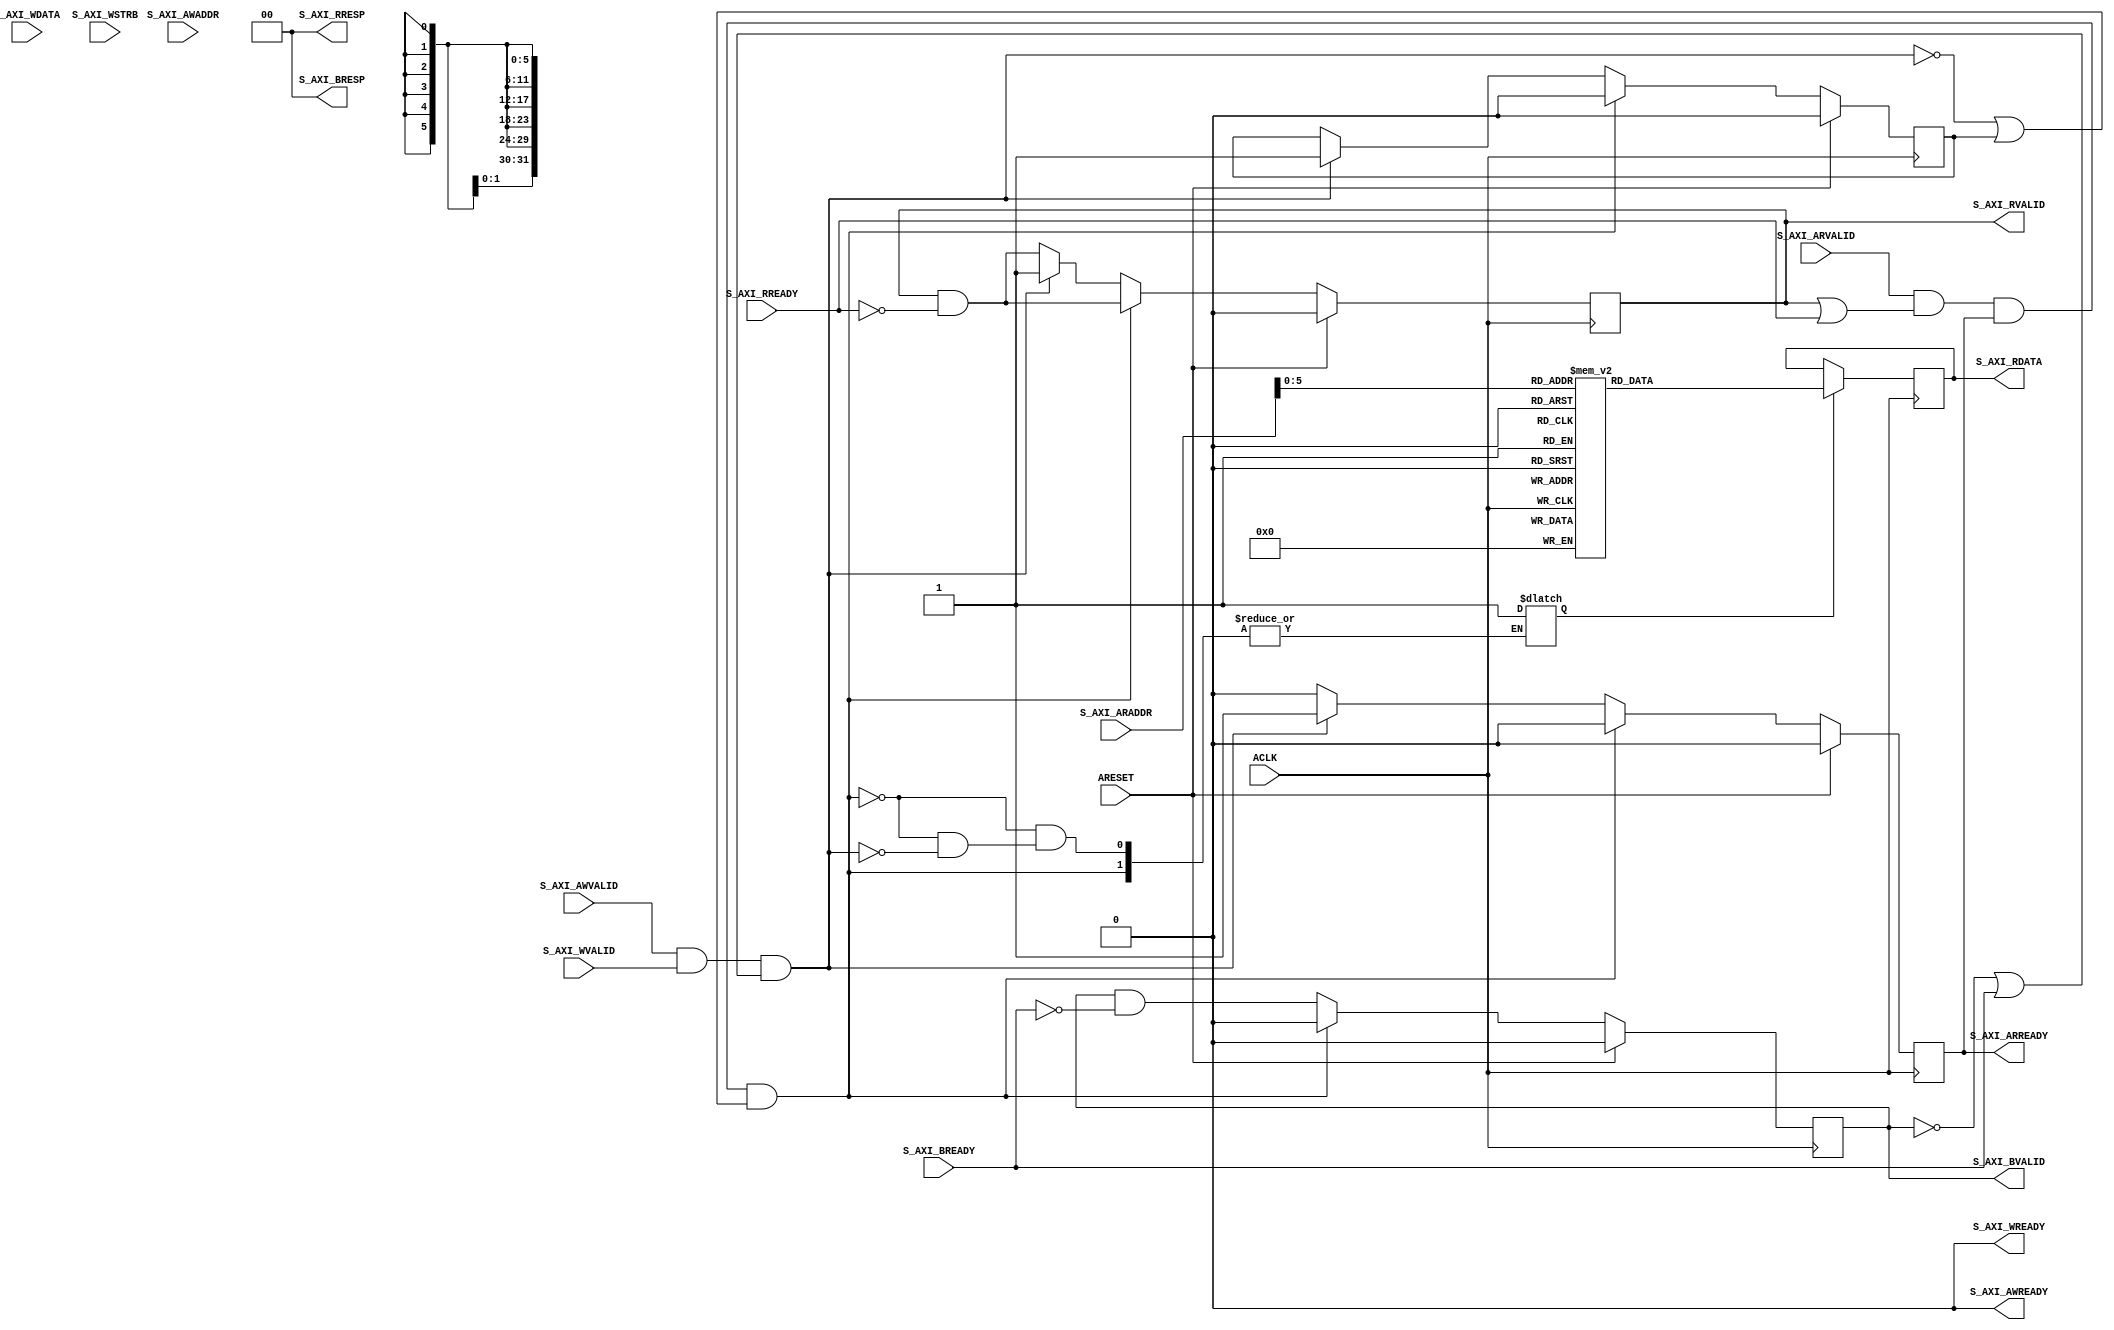
`timescale 1ns / 1ps
//////////////////////////////////////////////////////////////////////////////////
// Company: 
// 
// Design Name: 
// Module Name: axi_lite_slave
//
//////////////////////////////////////////////////////////////////////////////////


module axi4_lite_slave #
(
    parameter DATA_WIDTH = 32,
    parameter ADDR_WIDTH = 32,
    parameter STRB_WIDTH = (DATA_WIDTH/8)
)(
    input  wire        ACLK,
    input  wire        ARESET,

    // WRITE Address Channel
    output wire        			 S_AXI_AWREADY,
    input  wire        			 S_AXI_AWVALID,
    input  wire [ADDR_WIDTH-1:0] S_AXI_AWADDR,
    
    // WRITE Data Channel
    output wire        			 S_AXI_WREADY,
    input  wire                  S_AXI_WVALID,
    input  wire [DATA_WIDTH-1:0] S_AXI_WDATA,  
    input  wire [STRB_WIDTH-1:0] S_AXI_WSTRB, 
                                                
    //WRITE Response Channel
    input  wire        S_AXI_BREADY, 
    output wire        S_AXI_BVALID, 
    output wire [1:0]  S_AXI_BRESP,

    // READ Address Channel
    // S_AXI_ARPROT 
    // S_AXI_ARCACHE
    output wire        			 S_AXI_ARREADY, 
    input  wire        			 S_AXI_ARVALID, 
    input  wire [ADDR_WIDTH-1:0] S_AXI_ARADDR,

    // READ Data Channel	
    input  wire        			 S_AXI_RREADY, 
    output wire        			 S_AXI_RVALID, 
    output wire [1:0]  			 S_AXI_RRESP,  
    output wire [DATA_WIDTH-1:0] S_AXI_RDATA
);

    localparam SET_OK   = 2'b00;
    localparam SET_HIGH = 1'b1;
    localparam SET_LOW  = 1'b0;

     // (* RAM_STYLE="BLOCK" *)
    reg [DATA_WIDTH-1:0] BRAM[(2**6)-1:0];

    reg WRITE_EN;
    reg READ_EN;

    // reg for output signals 
    reg S_AXI_AWREADY_REG = SET_LOW, AWREADY_NEXT;  // WRITE flag - output ADDRESS
    reg S_AXI_WREADY_REG  = SET_LOW, WREADY_NEXT;   // WRITE flag - output DATA 
    reg S_AXI_BVALID_REG  = SET_LOW, BVALID_NEXT;   // WRITE output RESPONSE
    reg S_AXI_ARREADY_REG = SET_LOW, ARREADY_NEXT;  // READ  output ADDRESS 
    reg S_AXI_RVALID_REG  = SET_LOW, RVALID_NEXT;   // READ  output DATA

    reg [DATA_WIDTH-1:0] S_AXI_RDATA_REG = {DATA_WIDTH{SET_LOW}};
    reg [DATA_WIDTH-1:0] RDATA_NEXT;

    // wire for INPUTs : addr 
    wire [ADDR_WIDTH-1:0] S_AXI_AWADDR_WIRE = S_AXI_AWADDR;  // WRITE input ADDRESS
    wire [ADDR_WIDTH-1:0] S_AXI_ARADDR_WIRE = S_AXI_ARADDR;  // READ  input ADDRESS

    // assign signals to AXI interface
    assign S_AXI_AWREADY = S_AXI_AWREADY_REG;  // WRITE output ADDRESS
    assign S_AXI_WREADY  = S_AXI_WREADY_REG;   // WRITE output DATA
    assign S_AXI_BVALID  = S_AXI_BVALID_REG;   // WRITE output RESPONSE
    assign S_AXI_ARREADY = S_AXI_ARREADY_REG;  // READ output ADDRESS
    assign S_AXI_RDATA   = S_AXI_RDATA_REG;    // READ output DATA
    assign S_AXI_RVALID  = S_AXI_RVALID_REG;   // READ output DATA 

    // WRITE response
    assign S_AXI_BRESP = SET_OK;   // WRITE
    assign S_AXI_RRESP = SET_OK;   // READ

    reg READ_STATUS;
    reg WRITE_STATUS;

    reg LAST_READ_REG = SET_LOW, LAST_READ_NEXT;

 
always @* begin
    WRITE_EN     = SET_LOW;
    AWREADY_NEXT = SET_LOW;
    WREADY_NEXT  = SET_LOW;
    ARREADY_NEXT = SET_LOW;

    // READ output DATA && !READ input DATA
    RVALID_NEXT = S_AXI_RVALID_REG && !S_AXI_RREADY;

    LAST_READ_NEXT = LAST_READ_REG;

    // WRITE output RESPONSE && !WRITE input RESPONSE
    BVALID_NEXT  = S_AXI_BVALID_REG && !S_AXI_BREADY;

    // WRITE input ADDRESS && WRITE input DATA
    // && (!WRITE output RESPONSE || WRITE input RESPONSE)
    // && (!WRITE output ADDRESS && WRITE output DATA)
    READ_STATUS  = S_AXI_AWVALID && S_AXI_WVALID && ( !S_AXI_BVALID || S_AXI_BREADY ) && ( !S_AXI_AWREADY && !S_AXI_WREADY );
    // READ input ADDRESS 
    // && (READ output DATA || READ input DATA )
    // && READ ouput ADDRESS
    WRITE_STATUS = S_AXI_ARVALID && ( S_AXI_RVALID || S_AXI_RREADY) && S_AXI_ARREADY; 


    if ( WRITE_STATUS && (!READ_STATUS || LAST_READ_REG) ) begin
        WRITE_EN       = SET_LOW;
        AWREADY_NEXT   = SET_LOW;
        WREADY_NEXT    = SET_LOW;
        BVALID_NEXT    = SET_LOW;
        LAST_READ_NEXT = SET_LOW;
    end else if ( READ_STATUS ) begin
        READ_EN        = SET_HIGH;
        LAST_READ_NEXT = SET_HIGH;
        ARREADY_NEXT   = SET_HIGH;
        RVALID_NEXT    = SET_HIGH;
    end
end

always @(posedge ACLK) begin
    LAST_READ_REG <= LAST_READ_NEXT;

    S_AXI_AWREADY_REG <= AWREADY_NEXT;  
    S_AXI_WREADY_REG  <= WREADY_NEXT;  
    S_AXI_BVALID_REG  <= BVALID_NEXT;

    S_AXI_ARREADY_REG <= ARREADY_NEXT; 
    S_AXI_RVALID_REG  <= RVALID_NEXT;  

    if( READ_EN ) begin
                S_AXI_RDATA_REG  <= BRAM[S_AXI_ARADDR];
    end else begin
            if(WRITE_EN) begin
                // WRITE
                BRAM[S_AXI_AWADDR] <= S_AXI_WDATA;
            end
        end

    if( ARESET ) begin
        LAST_READ_REG <= SET_LOW;

        S_AXI_AWREADY_REG <= SET_LOW;
        S_AXI_WREADY_REG  <= SET_LOW;
        S_AXI_BVALID_REG  <= SET_LOW;

        S_AXI_ARREADY_REG <= SET_LOW;
        S_AXI_RVALID_REG  <= SET_LOW;
    end

end

endmodule